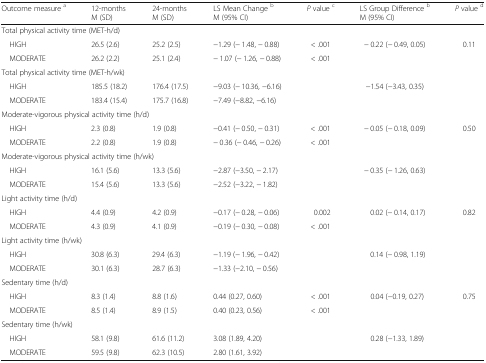
<table><thead><tr><td><b>Outcome measure <sup>a</sup></b></td><td><b>12-monthsM (SD)</b></td><td><b>24-monthsM (SD)</b></td><td><b>LS Mean Change <sup>b</sup>M (95% CI)</b></td><td><b><i>P</i> value <sup>c</sup></b></td><td><b>LS Group Difference <sup>b</sup>M (95% CI)</b></td><td><b><i>P</i> value <sup>d</sup></b></td></tr></thead><tbody><tr><td colspan="7">Total physical activity time (MET-h/d)</td></tr><tr><td> HIGH</td><td>26.5 (2.6)</td><td>25.2 (2.5)</td><td>−1.29 (− 1.48, − 0.88)</td><td>&lt; .001</td><td>− 0.22 (− 0.49, 0.05)</td><td>0.11</td></tr><tr><td> MODERATE</td><td>26.2 (2.2)</td><td>25.1 (2.4)</td><td>− 1.07 (− 1.26, − 0.88)</td><td>&lt; .001</td><td></td><td></td></tr><tr><td colspan="7">Total physical activity time (MET-h/wk)</td></tr><tr><td> HIGH</td><td>185.5 (18.2)</td><td>176.4 (17.5)</td><td>−9.03 (− 10.36, −6.16)</td><td></td><td>−1.54 (−3.43, 0.35)</td><td></td></tr><tr><td> MODERATE</td><td>183.4 (15.4)</td><td>175.7 (16.8)</td><td>−7.49 (−8.82, −6.16)</td><td></td><td></td><td></td></tr><tr><td colspan="7">Moderate-vigorous physical activity time (h/d)</td></tr><tr><td> HIGH</td><td>2.3 (0.8)</td><td>1.9 (0.8)</td><td>−0.41 (− 0.50, − 0.31)</td><td>&lt; .001</td><td>− 0.05 (− 0.18, 0.09)</td><td>0.50</td></tr><tr><td> MODERATE</td><td>2.2 (0.8)</td><td>1.9 (0.8)</td><td>− 0.36 (− 0.46, − 0.26)</td><td>&lt; .001</td><td></td><td></td></tr><tr><td colspan="7">Moderate-vigorous physical activity time (h/wk)</td></tr><tr><td> HIGH</td><td>16.1 (5.6)</td><td>13.3 (5.6)</td><td>−2.87 (−3.50, − 2.17)</td><td></td><td>− 0.35 (− 1.26, 0.63)</td><td></td></tr><tr><td> MODERATE</td><td>15.4 (5.6)</td><td>13.3 (5.6)</td><td>−2.52 (−3.22, − 1.82)</td><td></td><td></td><td></td></tr><tr><td colspan="7">Light activity time (h/d)</td></tr><tr><td> HIGH</td><td>4.4 (0.9)</td><td>4.2 (0.9)</td><td>−0.17 (− 0.28, − 0.06)</td><td>0.002</td><td>0.02 (− 0.14, 0.17)</td><td>0.82</td></tr><tr><td> MODERATE</td><td>4.3 (0.9)</td><td>4.1 (0.9)</td><td>−0.19 (− 0.30, − 0.08)</td><td>&lt; .001</td><td></td><td></td></tr><tr><td colspan="7">Light activity time (h/wk)</td></tr><tr><td> HIGH</td><td>30.8 (6.3)</td><td>29.4 (6.3)</td><td>−1.19 (− 1.96, − 0.42)</td><td></td><td>0.14 (− 0.98, 1.19)</td><td></td></tr><tr><td> MODERATE</td><td>30.1 (6.3)</td><td>28.7 (6.3)</td><td>−1.33 (−2.10, − 0.56)</td><td></td><td></td><td></td></tr><tr><td colspan="7">Sedentary time (h/d)</td></tr><tr><td> HIGH</td><td>8.3 (1.4)</td><td>8.8 (1.6)</td><td>0.44 (0.27, 0.60)</td><td>&lt; .001</td><td>0.04 (−0.19, 0.27)</td><td>0.75</td></tr><tr><td> MODERATE</td><td>8.5 (1.4)</td><td>8.9 (1.5)</td><td>0.40 (0.23, 0.56)</td><td>&lt; .001</td><td></td><td></td></tr><tr><td colspan="7">Sedentary time (h/wk)</td></tr><tr><td> HIGH</td><td>58.1 (9.8)</td><td>61.6 (11.2)</td><td>3.08 (1.89, 4.20)</td><td></td><td>0.28 (−1.33, 1.89)</td><td></td></tr><tr><td> MODERATE</td><td>59.5 (9.8)</td><td>62.3 (10.5)</td><td>2.80 (1.61, 3.92)</td><td></td><td></td><td></td></tr></tbody></table>